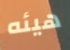
هيئه